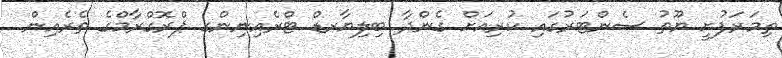
ތިމަރަފުށީ ޔޫތު ސެންޓަރުގައި ކުރިއަށް ގެންދާ ބިލިޔާރޑް ޓްރެއިނިންގ ޕްރޮގްރާމްގެ ތެރެއިން